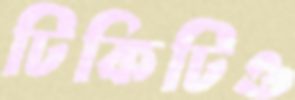
টিকিটিও